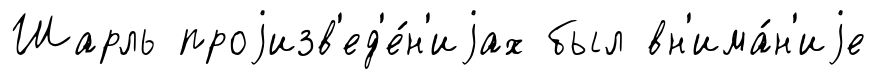
Шарль проjизв'ед'е́н'иjах был вн'има́н'иjе